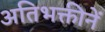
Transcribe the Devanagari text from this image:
अतिभक्तीनें